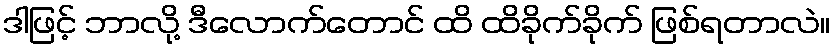
ဒါဖြင့် ဘာလို့ ဒီလောက်တောင် ထိ ထိခိုက်ခိုက် ဖြစ်ရတာလဲ။